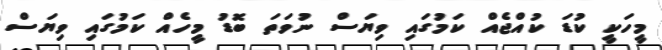
މީހަކީ ކުޑަ ކުއްޖެއް ކަމުގައި ވިޔަސް ނުވަތަ ބޮޑު މީހެއް ކަމުގައި ވިޔަސް